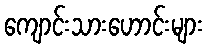
ကျောင်းသားဟောင်းများ